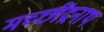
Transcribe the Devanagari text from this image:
मच्छींद्रनाथ